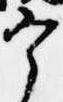
宰